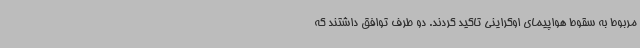
مربوط به سقوط هواپیمای اوکراینی تاکید کردند. دو طرف توافق داشتند که